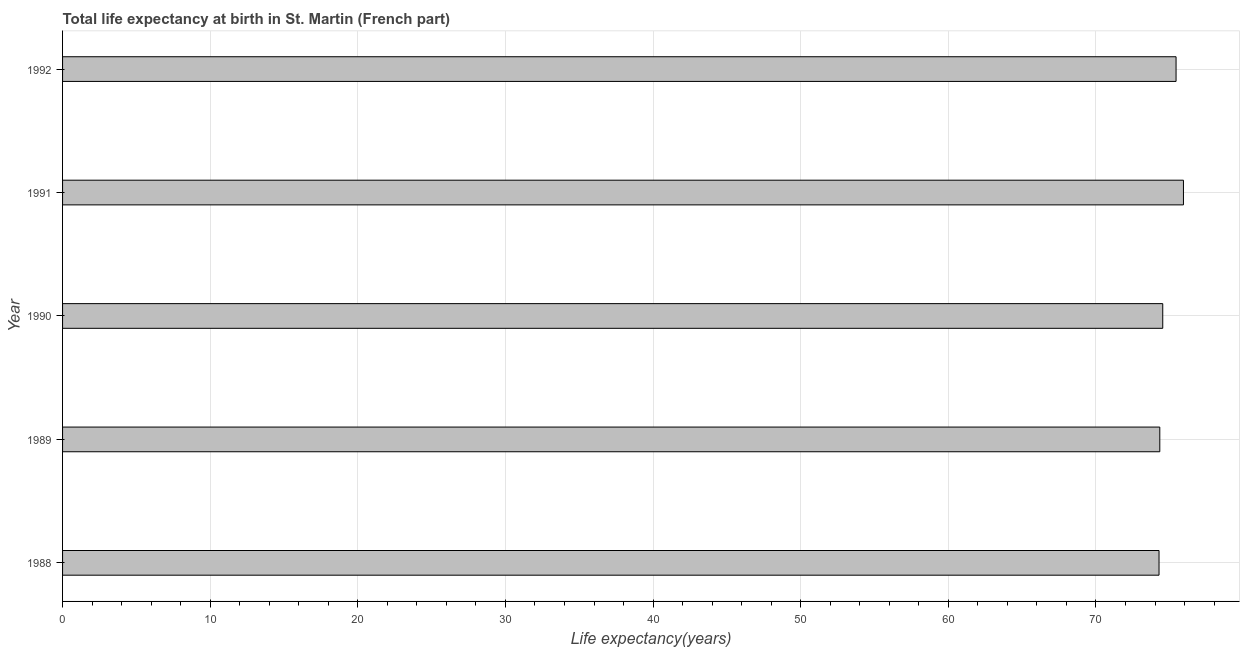
| Year | Life expectancy at birth |
 | --- | --- |
 | 1988 | 74.3 |
 | 1989 | 74.3 |
 | 1990 | 74.5 |
 | 1991 | 75.9 |
 | 1992 | 75.4 |